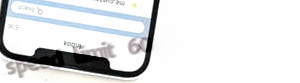
speed limit 60